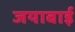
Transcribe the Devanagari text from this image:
जयाबाई